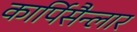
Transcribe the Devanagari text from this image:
कार्पिसैन्लार